Indian journal of veterinary science and animal husbandry - Volume 8,
Year: 1938
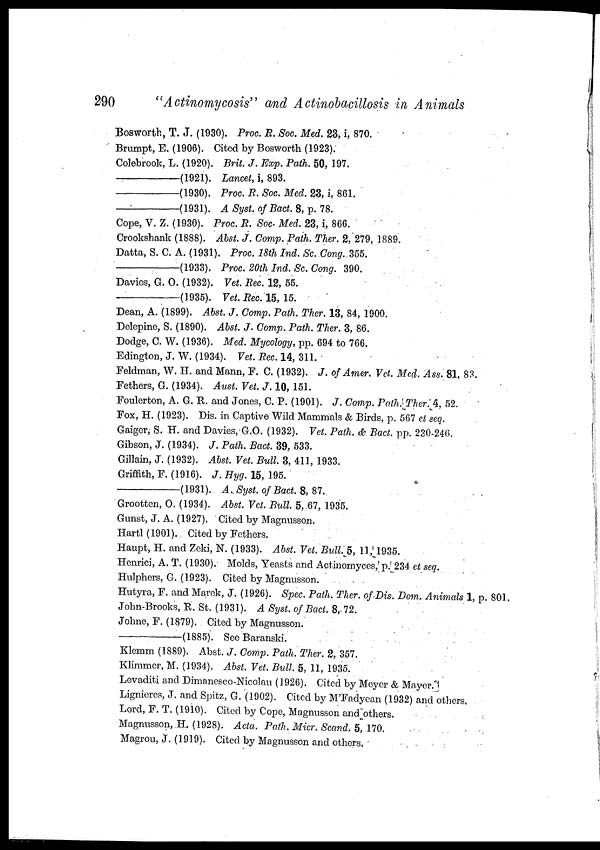
290
"Actinomycosis" and Actinobacillosis in Animals
Bosworth, T. J. (1930). Proc. R. Soc. Med. 23, i, 870.
Brumpt, E. (1906). Cited by Bosworth (1923).
Colebrook, L. (1920). Brit. J. Exp. Path. 50, 197.
—(1921).
Lancet, i, 893.
—(1930).
Proc. R. Soc. Med. 23, i, 861.
—(1931).
A Syst. of Bact. 8, p. 78.
Cope, V. Z. (1930). Proc. R. Soc- Med. 23, i, 866.
Crookshank (1888). Abet. J. Comp. Path. Ther. 2, 279, 1889.
Datta, S. C. A. (1931). Proc. 18th Ind. Sc. Cong. 355.
—(1933).
Proc. 20th Ind. Sc. Cong. 390.
Davies, G. O. (1932). Vet. Rec. 12, 55.
—(1935).
Vet. Rec. 15, 15.
Dean, A. (1899). Abst. J. Comp. Path. Ther. 13, 84, 1900.
Delepine, S. (1890). Abst. J. Comp. Path. Ther. 3, 86.
Dodge, C. W. (1936). Med. Mycology, pp. 694 to 766.
Edington, J. W. (1934). Vet. Rec.14, 311.
Feldman, W. H. and Mann, F. C. (1932). J. of Amer. Vet. Med. Ass. 81, 83.
Fethers, G. (1934). Aust. Vet. J. 10, 151.
Foulerton, A. G. R. and Jones, C. P. (1901). J. Comp. Path. Ther. 4, 52.
Fox, H. (1923). Dis. in Captive Wild Mammals & Birds, p. 567 et seq.
Gaiger, S. H. and Davies,G.O. (1932). Vet. Path. & Bact. pp. 230-246.
Gibson, J. (1934). J. Path. Bact. 39, 533.
Gillain, J. (1932). Abst. Vet. Bull. 3, 411, 1933.
Griffith, F. (1916). J. Hyg. 15, 195.
—(1931).
A. Syst. of Bact. 8, 87.
Grootten, O. (1934). Abst. Vet. Bull. 5, 67, 1935.
Gunst, J. A. (1927). Cited by Magnusson.
Hartl (1901). Cited by Fethers.
Haupt, H. and Zeki, N. (1933). Abst. Vet. Bull. 5, 11, 1935.
Henrici, A. T. (1930). Molds, Yeasts and Actinomyces, p. 234 et seq.
Hulphers, G. (1923). Cited by Magnusson.
Hutyra, F. and Marek, J. (1926). Spec. Path. Ther. of Dis. Dom. Animals 1, p. 801.
John-Brooks, R. St. (1931). A Syst. of Bact. 8,-72.
Johne, F. (1879). Cited by Magnusson.
—(1885).
See Baranski.
Klemm (1889). Abst. J. Comp. Path. Ther. 2, 357.
Klimmer, M. (1934). Abst. Vet. Bull. 5, 11, 1935.
Levaditi and Dimanesco-Nicolau (1926). Cited by Meyer & Mayer.
Lignieres, J. and Spitz, G. (1902). Cited by M'Fadyean (1932) and others,
Lord, F. T. (1910). Cited by Cope, Magnusson and others.
Magnusson, H. (1928). Acta. Path. Micr. Scand. 5, 170.
Magrou, J. (1919). Cited by Magnusson and others.